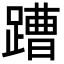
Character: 蹧